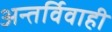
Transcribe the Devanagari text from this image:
अन्तर्विवाही